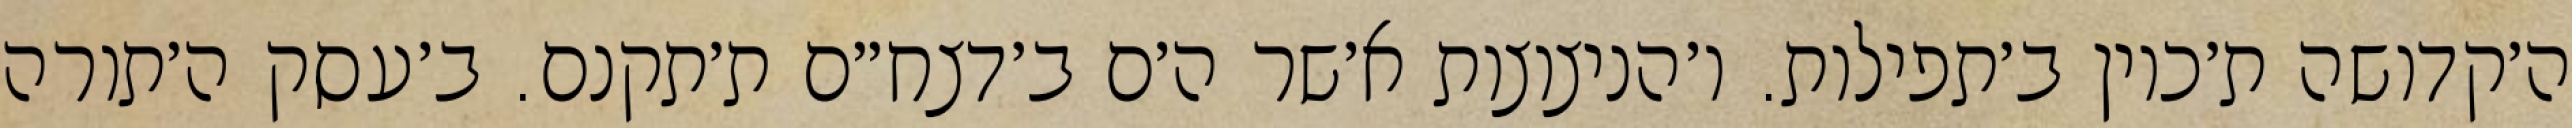
ה׳קדושה ת׳כוין ב׳תפילות. ו׳הניצוצות א׳שר ה׳ם ב׳דצח״ם ת׳תקנם. ב׳עסק ה׳תורה